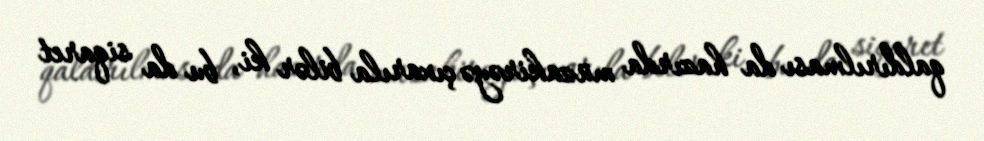
qaldırılması da hazırda müzakirəyə çıxarıla bilər ki, bu da siqaret